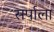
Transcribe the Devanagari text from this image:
सर्पाला